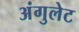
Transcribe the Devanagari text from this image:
अंगुलेट